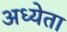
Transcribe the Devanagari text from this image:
अध्‍येता